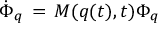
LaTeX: { \dot { \Phi } _ { q } } \, = \, M ( q ( t ) , t ) \Phi _ { q }